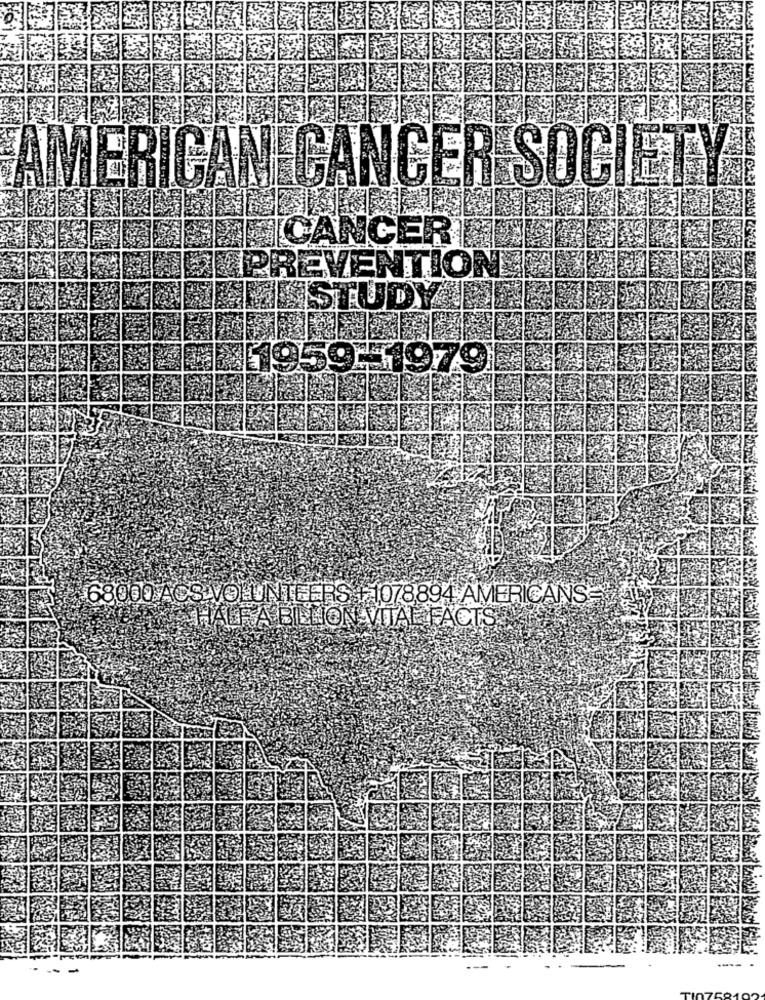
AMERICAN CANCER SOCIET
ICANCER
SMAPREVENTION
ALSTUDYL
1959-1979
68000 ACS VOLUNTEERS + 1078894 AMERICANS=
HALF A BILLION VITAL FACTS.
-- -